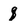
Character: q